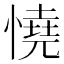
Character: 憢